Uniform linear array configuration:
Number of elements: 64
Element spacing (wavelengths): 0.25
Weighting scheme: kaiser
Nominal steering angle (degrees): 60
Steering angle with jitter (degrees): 60.385
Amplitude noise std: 0.05
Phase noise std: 0.05

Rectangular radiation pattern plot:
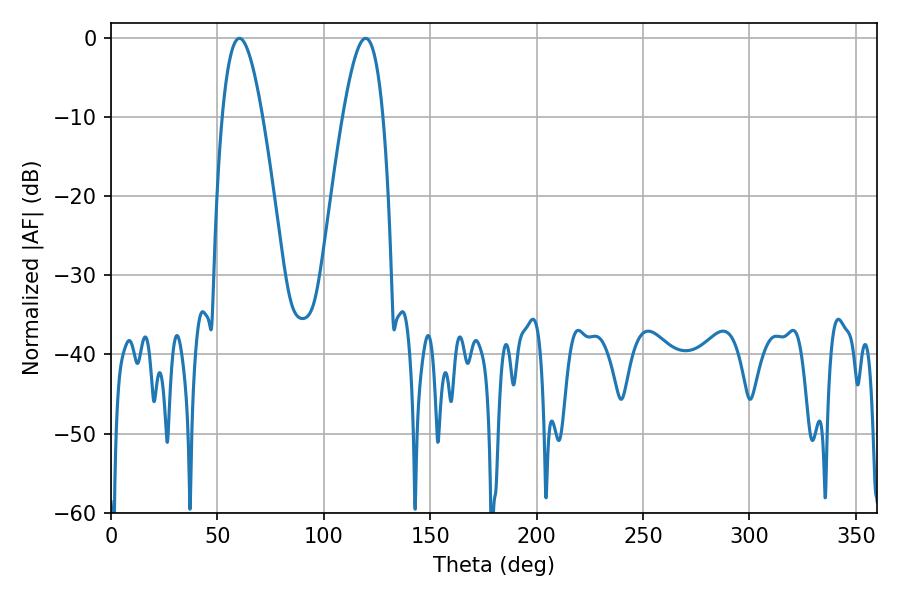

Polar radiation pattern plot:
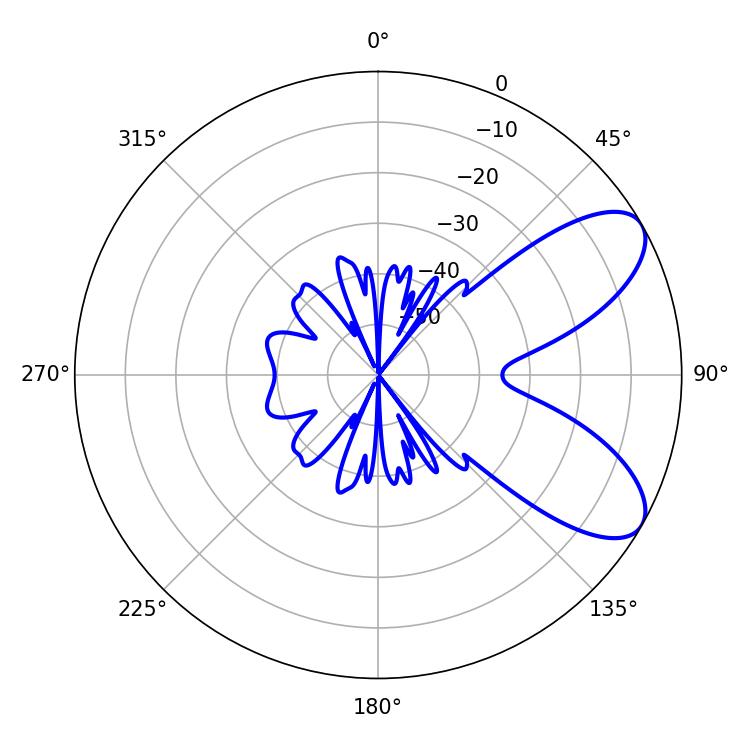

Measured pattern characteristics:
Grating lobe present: FALSE
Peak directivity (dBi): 7.697
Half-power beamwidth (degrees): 10.26
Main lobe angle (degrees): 60.3